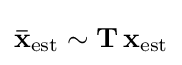
\mathbf {\bar {x}} _{\rm {est}}\sim \mathbf {T} \,\mathbf {x} _{\rm {est}}